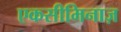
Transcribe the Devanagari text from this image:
एकसीमिनाज़